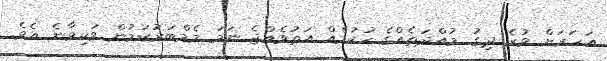
އަހަރަށް ވުރެ ދިގު މުއްދަތެއްގެ ހުކުމެއް އަތުވެއްޖެ ނަމަ މެމްބަރުކަމުން ވަކިވާނެ އެވެ.